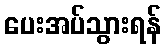
ပေးအပ်သွားရန်